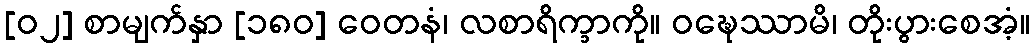
[၀၂] စာမျက်နှာ [၁၈၀] ဝေတနံ၊ လစာရိက္ခာကို။ ဝဍ္ဎေဿာမိ၊ တိုးပွားစေအံ့။